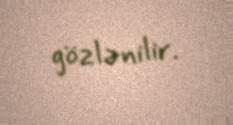
gözlənilir.